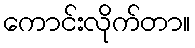
ကောင်းလိုက်တာ။